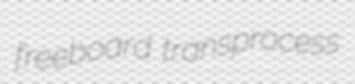
freeboard transprocess